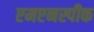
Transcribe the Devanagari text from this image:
एमएनस्पीक